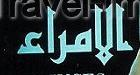
الامراء